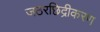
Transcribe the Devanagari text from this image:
जठरछिद्रीकरण